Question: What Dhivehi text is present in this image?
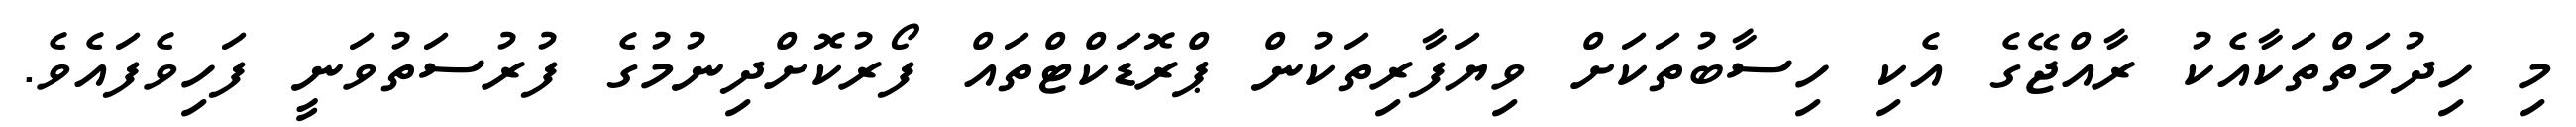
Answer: މި ހިދުމަތްތަކާއެކު ރާއްޖޭގެ އެކި ހިސާބުތަކަށް ވިޔަފާރިތަކުން ޕްރޮޑަކްޓްތައް ފޯރުކޮށްދިނުމުގެ ފުރުސަތުވަނީ ފަހިވެފައެވެ.